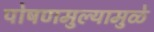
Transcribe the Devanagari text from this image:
पोषणमुल्यामुळे